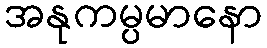
အနုကမ္ပမာနော